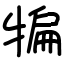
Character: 犏